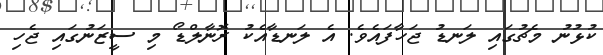
ކުޅުނު މެޗުގައި ލަނޑު ޖަހާފައެވެ. އެ ލަނޑާއެކު ރޮނާލްޑޯ މި ސީޒަނުގައި ޖެހި